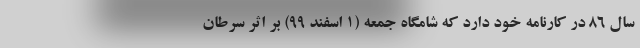
سال ۸۶ در کارنامه خود دارد که شامگاه جمعه (۱ اسفند ۹۹) بر اثر سرطان